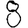
Digit: 8